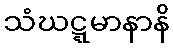
သံဃဋ္ဋမာနာနိ